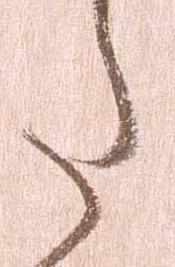
た